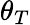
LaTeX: \theta_{T}